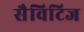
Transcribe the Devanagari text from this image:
सैविटिज